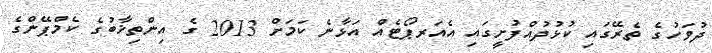
ދުވަހުގެ ތެރޭގައި ކުޅުދުއްފުށީގައި އެއަރޕޯޓެއް އަޅާނެ ކަމަށް 2013 ގެ އިންތިޚާބުގެ ކެމްޕޭންގެ